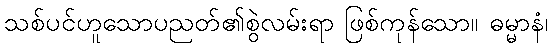
သစ်ပင်ဟူသောပညတ်၏စွဲလမ်းရာ ဖြစ်ကုန်သော။ ဓမ္မာနံ၊